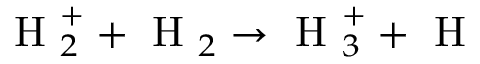
\textrm { H } _ { 2 } ^ { + } + \textrm { H } _ { 2 } \rightarrow \textrm { H } _ { 3 } ^ { + } + \textrm { H }